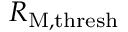
R _ { \mathrm { M } , \mathrm { t h r e s h } }